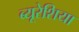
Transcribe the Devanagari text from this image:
ब्यूरेशिया